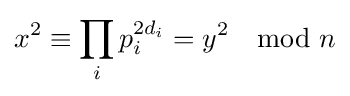
x^{2}\equiv \prod _{i}p_{i}^{2d_{i}}=y^{2}\mod n